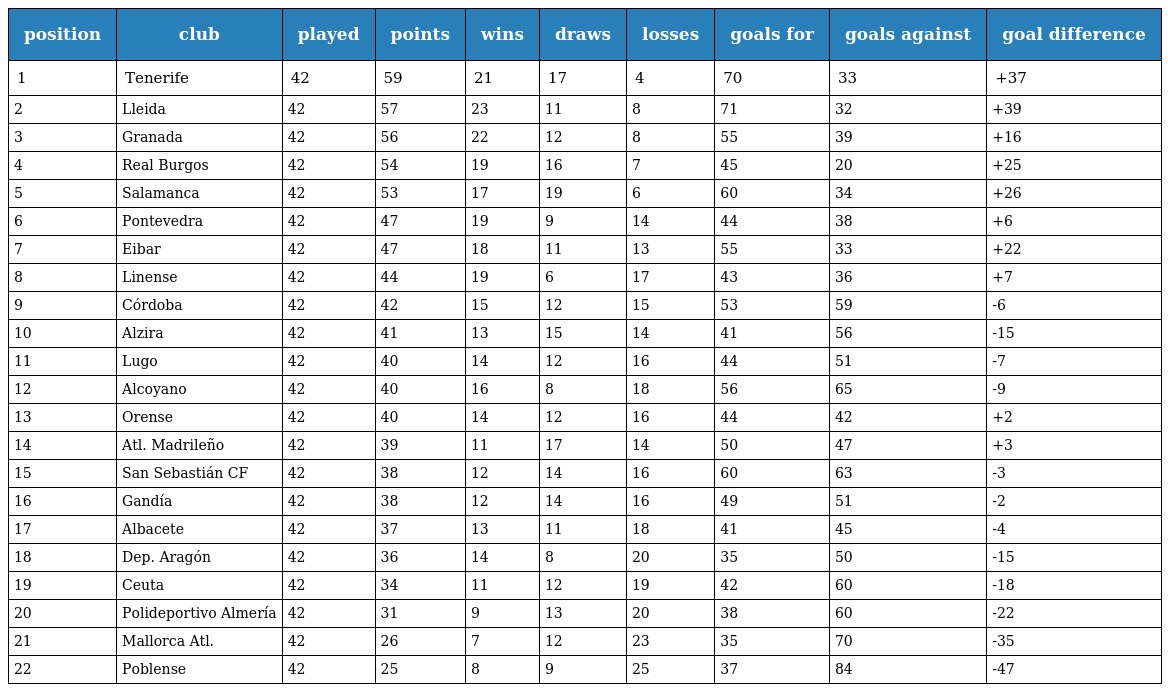
| position | club | played | points | wins | draws | losses | goals for | goals against | goal difference |
 | --- | --- | --- | --- | --- | --- | --- | --- | --- | --- |
 | 1 | Tenerife | 42 | 59 | 21 | 17 | 4 | 70 | 33 | +37 |
 | 2 | Lleida | 42 | 57 | 23 | 11 | 8 | 71 | 32 | +39 |
 | 3 | Granada | 42 | 56 | 22 | 12 | 8 | 55 | 39 | +16 |
 | 4 | Real Burgos | 42 | 54 | 19 | 16 | 7 | 45 | 20 | +25 |
 | 5 | Salamanca | 42 | 53 | 17 | 19 | 6 | 60 | 34 | +26 |
 | 6 | Pontevedra | 42 | 47 | 19 | 9 | 14 | 44 | 38 | +6 |
 | 7 | Eibar | 42 | 47 | 18 | 11 | 13 | 55 | 33 | +22 |
 | 8 | Linense | 42 | 44 | 19 | 6 | 17 | 43 | 36 | +7 |
 | 9 | Córdoba | 42 | 42 | 15 | 12 | 15 | 53 | 59 | -6 |
 | 10 | Alzira | 42 | 41 | 13 | 15 | 14 | 41 | 56 | -15 |
 | 11 | Lugo | 42 | 40 | 14 | 12 | 16 | 44 | 51 | -7 |
 | 12 | Alcoyano | 42 | 40 | 16 | 8 | 18 | 56 | 65 | -9 |
 | 13 | Orense | 42 | 40 | 14 | 12 | 16 | 44 | 42 | +2 |
 | 14 | Atl. Madrileño | 42 | 39 | 11 | 17 | 14 | 50 | 47 | +3 |
 | 15 | San Sebastián CF | 42 | 38 | 12 | 14 | 16 | 60 | 63 | -3 |
 | 16 | Gandía | 42 | 38 | 12 | 14 | 16 | 49 | 51 | -2 |
 | 17 | Albacete | 42 | 37 | 13 | 11 | 18 | 41 | 45 | -4 |
 | 18 | Dep. Aragón | 42 | 36 | 14 | 8 | 20 | 35 | 50 | -15 |
 | 19 | Ceuta | 42 | 34 | 11 | 12 | 19 | 42 | 60 | -18 |
 | 20 | Polideportivo Almería | 42 | 31 | 9 | 13 | 20 | 38 | 60 | -22 |
 | 21 | Mallorca Atl. | 42 | 26 | 7 | 12 | 23 | 35 | 70 | -35 |
 | 22 | Poblense | 42 | 25 | 8 | 9 | 25 | 37 | 84 | -47 |